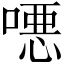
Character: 𫫖